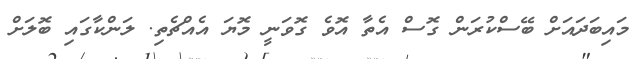
މައިބަދައަށް ބޭސްކުރަން ގޮސް އެތާ އޮވެ ގޮވަނީ މޮޔަ އެއްޗެތި. ލަންކާގައި ބޮލަށް